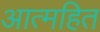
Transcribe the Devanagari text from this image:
आत्महित